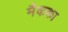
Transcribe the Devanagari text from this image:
मैकका